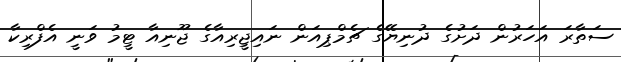
ސަތާރަ އަހަރުން ދަށުގެ ދުނިޔޭގެ ޗެމްޕިއަން ނައިޖީރިއާގެ ޖޫނިއާ ޓީމު ވަނީ އެފްރިކާ